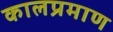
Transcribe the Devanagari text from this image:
कालप्रमाण